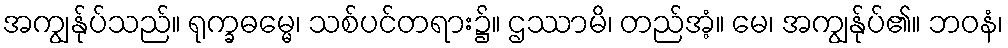
အကျွန်ုပ်သည်။ ရုက္ခဓမ္မေ၊ သစ်ပင်တရား၌။ ဌဿာမိ၊ တည်အံ့။ မေ၊ အကျွန်ုပ်၏။ ဘဝနံ၊